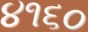
૪૧૬૦